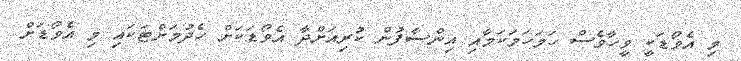
މި އެވޯޑަކީ ވީހާވެސް ހަމަހަމަކަމާއި އިންސާފުން ކުރިއަށްދާ އެވޯޑަކަށް ހެދުމަށްޓަކައި މި އެވޯޑަށް